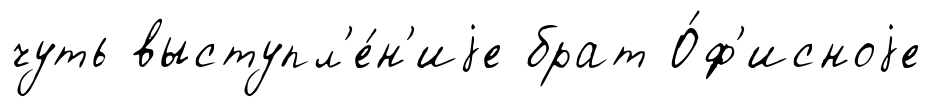
чуть выступл'е́н'иjе брат О́ф'исноjе